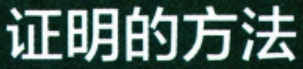
证明的方法